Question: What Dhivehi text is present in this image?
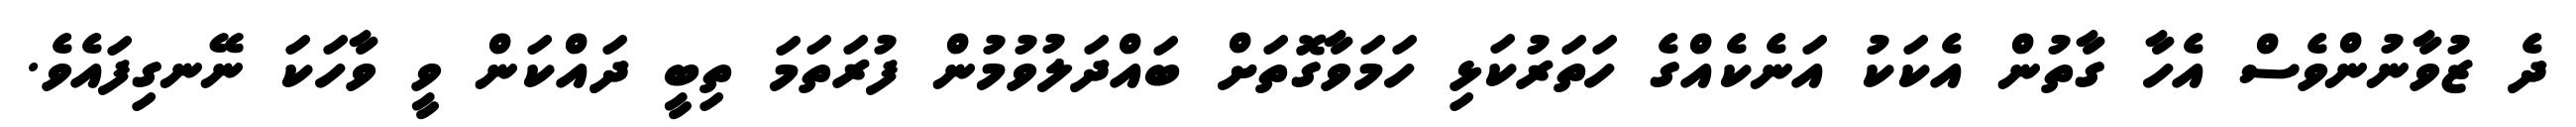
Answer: ދެ ޒުވާނުންވެސް އެހާ ގާތުން އެކަކު އަނެކެއްގެ ހަތަރުކަޅި ހަމަވާގޮތަށް ބައްދަލުވުމުން ފުރަތަމަ ތިބީ ދައްކަން ވީ ވާހަކަ ނޭނގިފައެވެ.